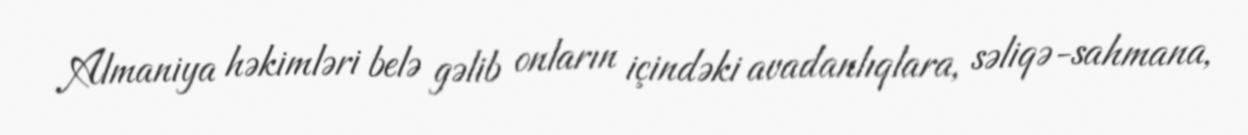
Almaniya həkimləri belə gəlib onların içindəki avadanlıqlara, səliqə-sahmana,